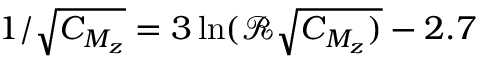
1 / \sqrt { C _ { M _ { z } } } = 3 \ln ( \mathcal { R } \sqrt { C _ { M _ { z } } ) } - 2 . 7